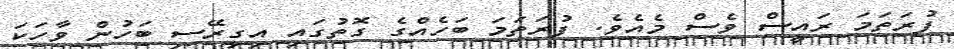
ފުރަތަމަ ރައީސް ވެސް މެއެވެ. ފުރަތަމަ ބަހެއްގެ ގޮތުގައި އިގިރޭސި ބަހުން ވާހަކަ